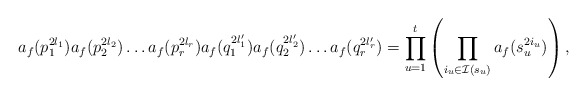
\begin{align*}a_f(p_1^{2l_1})a_f(p_2^{2l_2})\dots a_f(p_r^{2l_r})a_f(q_1^{2l_1'})a_f(q_2^{2l_2'})\dots a_f(q_r^{2l_r'}) = \prod_{u=1}^ t \left(\prod_{i_u \in \mathcal I(s_u)} a_f(s_u^{2i_u})\right),\end{align*}